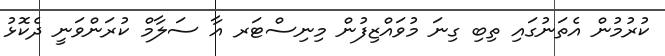
ކުރުމުން އެތަނުގައި ތިބި ގިނަ މުވައްޒިފުން މިނިސްޓަރ އާ ސަލާމް ކުރަންވަނީ ދެކޮޅު